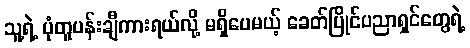
သူ့ရဲ့ ပုံတူပန်းချီကားရယ်လို့ မရှိပေမယ့် ခေတ်ပြိုင်ပညာရှင်တွေရဲ့